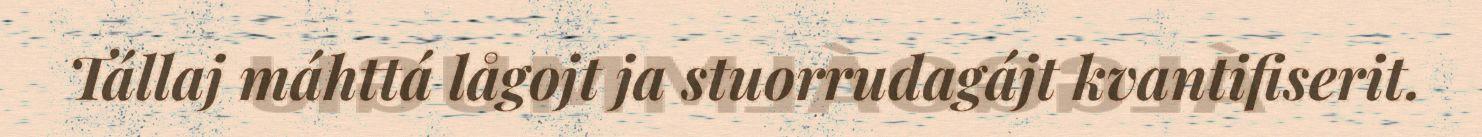
Tállaj máhttá lågojt ja stuorrudagájt kvantifiserit.